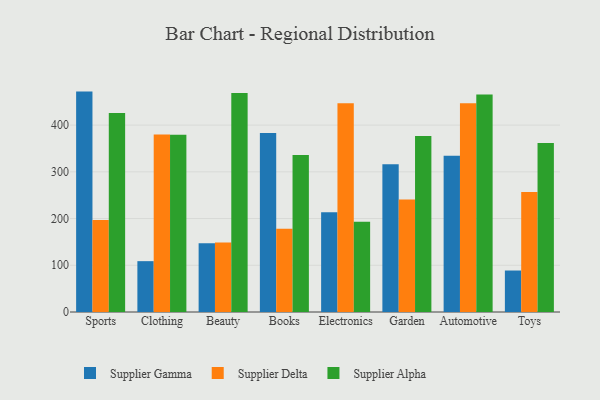
{"axis": {"x": "Category", "y": "Market Share (%)"}, "legend": ["Supplier Alpha", "Supplier Delta", "Supplier Gamma"], "data": [{"x": "Sports", "y": 471.7, "type": "Supplier Gamma"}, {"x": "Sports", "y": 196.9, "type": "Supplier Delta"}, {"x": "Sports", "y": 425.7, "type": "Supplier Alpha"}, {"x": "Clothing", "y": 108.8, "type": "Supplier Gamma"}, {"x": "Clothing", "y": 379.7, "type": "Supplier Delta"}, {"x": "Clothing", "y": 379.5, "type": "Supplier Alpha"}, {"x": "Beauty", "y": 147.2, "type": "Supplier Gamma"}, {"x": "Beauty", "y": 148.6, "type": "Supplier Delta"}, {"x": "Beauty", "y": 468.7, "type": "Supplier Alpha"}, {"x": "Books", "y": 383.2, "type": "Supplier Gamma"}, {"x": "Books", "y": 178.2, "type": "Supplier Delta"}, {"x": "Books", "y": 336.0, "type": "Supplier Alpha"}, {"x": "Electronics", "y": 213.3, "type": "Supplier Gamma"}, {"x": "Electronics", "y": 446.8, "type": "Supplier Delta"}, {"x": "Electronics", "y": 193.0, "type": "Supplier Alpha"}, {"x": "Garden", "y": 316.4, "type": "Supplier Gamma"}, {"x": "Garden", "y": 240.6, "type": "Supplier Delta"}, {"x": "Garden", "y": 376.7, "type": "Supplier Alpha"}, {"x": "Automotive", "y": 334.4, "type": "Supplier Gamma"}, {"x": "Automotive", "y": 446.5, "type": "Supplier Delta"}, {"x": "Automotive", "y": 465.5, "type": "Supplier Alpha"}, {"x": "Toys", "y": 88.8, "type": "Supplier Gamma"}, {"x": "Toys", "y": 256.8, "type": "Supplier Delta"}, {"x": "Toys", "y": 361.9, "type": "Supplier Alpha"}]}